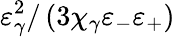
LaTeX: \varepsilon_{\gamma}^{2}/\left(3\chi_{\gamma}\varepsilon_{-}\varepsilon_{+}\right)